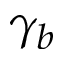
\gamma _ { b }